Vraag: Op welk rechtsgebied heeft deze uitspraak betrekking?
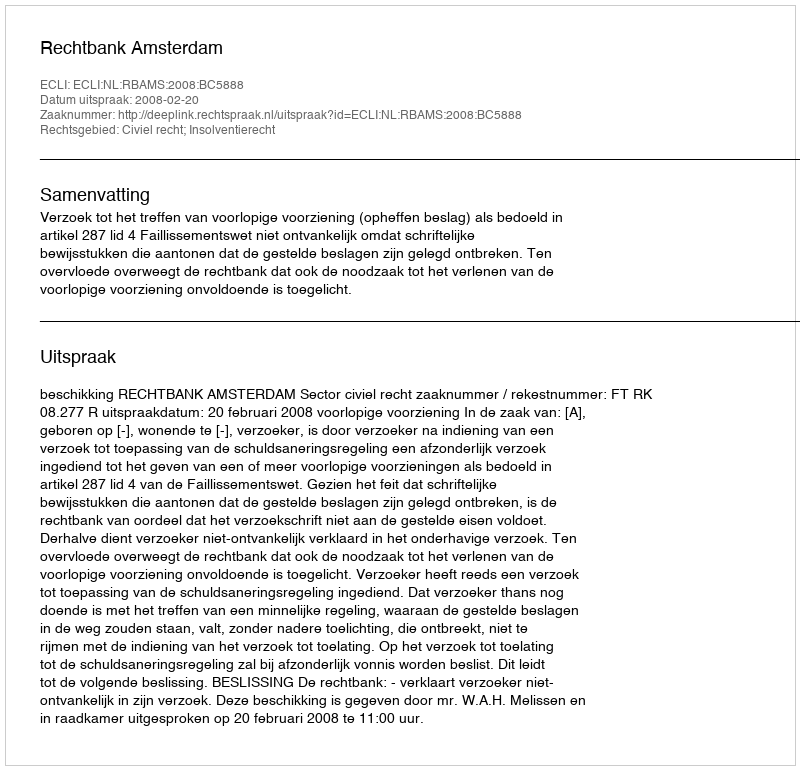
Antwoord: Civiel recht; Insolventierecht